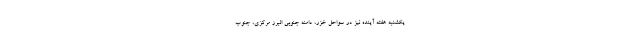
یکشنبه هفته آینده نیز در سواحل خزر، دامنه جنوبی البرز مرکزی، جنوب